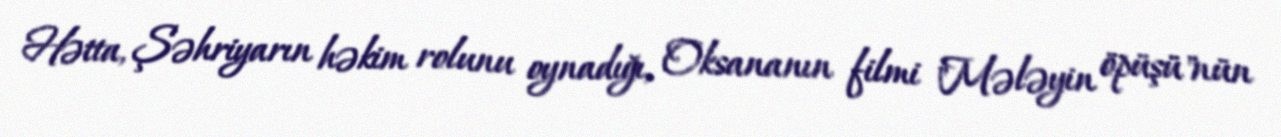
Hətta, Şəhriyarın həkim rolunu oynadığı, Oksananın filmi "Mələyin öpüşü"nün